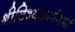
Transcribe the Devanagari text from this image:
श्रीविश्वकर्माणमहं